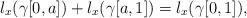
LaTeX: \begin{align*}l_x(\gamma[0,a])+l_x(\gamma[a,1])=l_x(\gamma[0,1]),\end{align*}